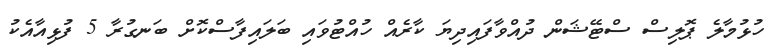
ހުޅުމާލެ ޕޮލިސް ސްޓޭޝަން ދުއްވާފައިދިޔަ ކާރެއް ހުއްޓުވައި ބަލައިފާސްކޮށް ބަނގުރާ 5 ފުޅިއާއެކު